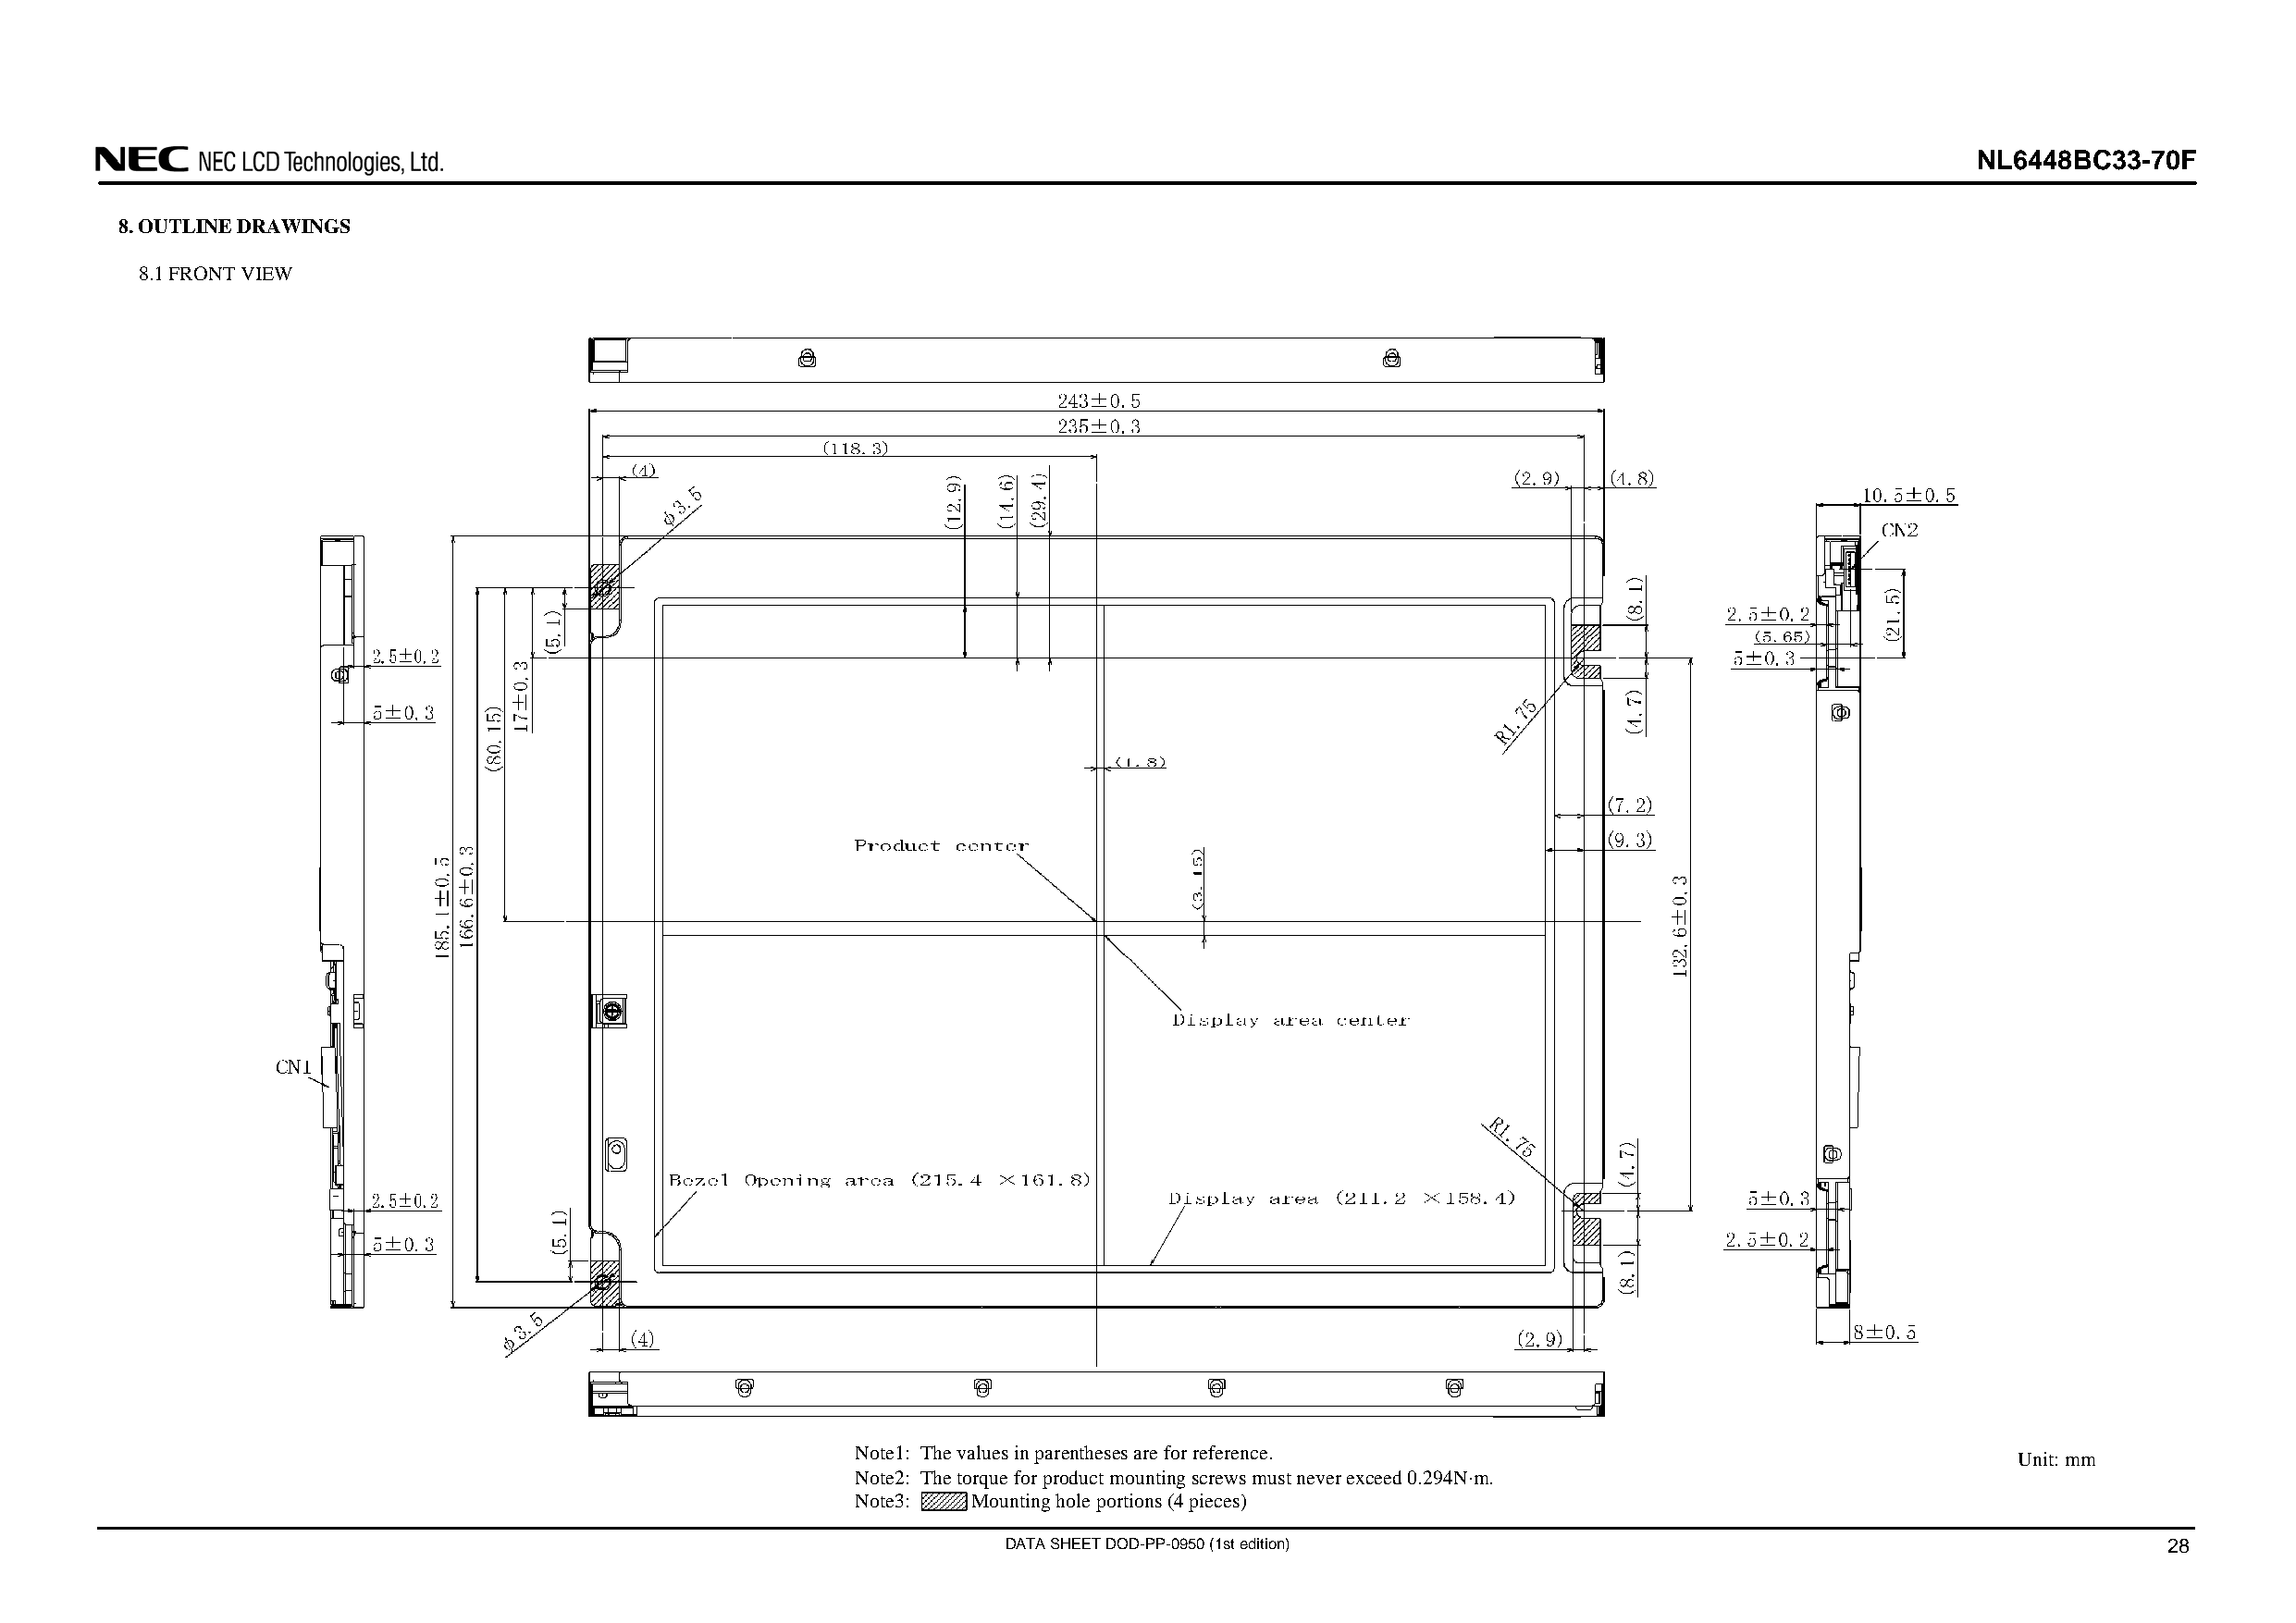
NL6448BC33-70F
 8. OUTLINE DRAWINGS
 8.1 FRONT VIEW
 Note1: The values in parentheses are for reference.
 Unit: mm
 Note2: The torque for product mounting screws must never exceed 0.294N⋅m.
 Note3:  Mounting hole portions (4 pieces)
 DATA SHEET DOD-PP-0950 (1st edition)                                               28